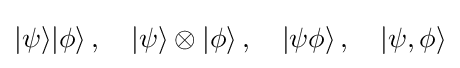
|\psi \rangle |\phi \rangle \,,\quad |\psi \rangle \otimes |\phi \rangle \,,\quad |\psi \phi \rangle \,,\quad |\psi ,\phi \rangle